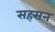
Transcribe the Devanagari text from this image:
सहसन